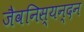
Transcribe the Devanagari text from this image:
जैवनिस्यन्दन